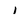
Character: 1